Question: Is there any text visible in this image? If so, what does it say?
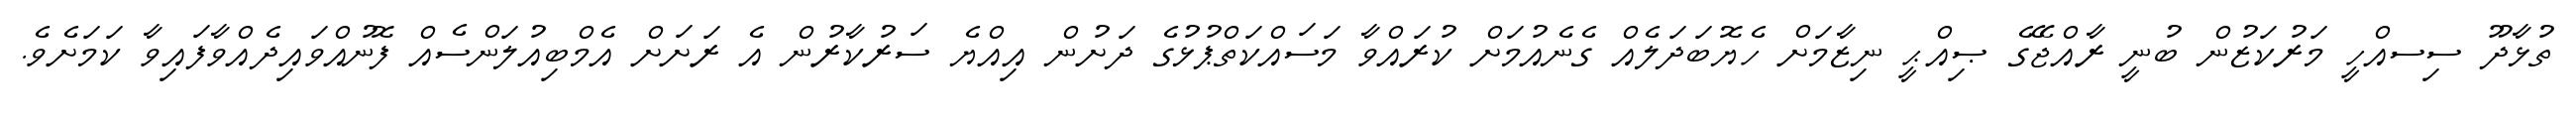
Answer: ތުޅާދޫ ސިސއްހީ މަރުކަޒުން ބުނީ ރާއްޖޭގެ ޞިއްޙީ ނިޒާމަށް ހެޔޮބަދަލެއް ގެނެއުމަށް ކުރައްވާ މަސައްކަތްޕުޅުގެ ދަށުން އިއްޔެ ސަރުކާރުން އެ ރަށަށް އެމްބިއުލަންސެއް ފޮނުއްވައިދެއްވާފައިވާ ކަމަށެވެ.